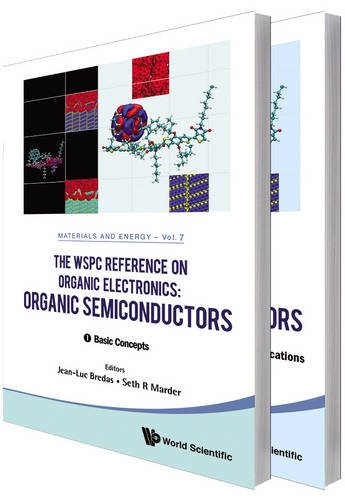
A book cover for The WSPC Reference on Organic Electronics: Organic Semiconductors (In 2 Volumes) (Materials and Energy); Jean-Luc Bredas; Science & Math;